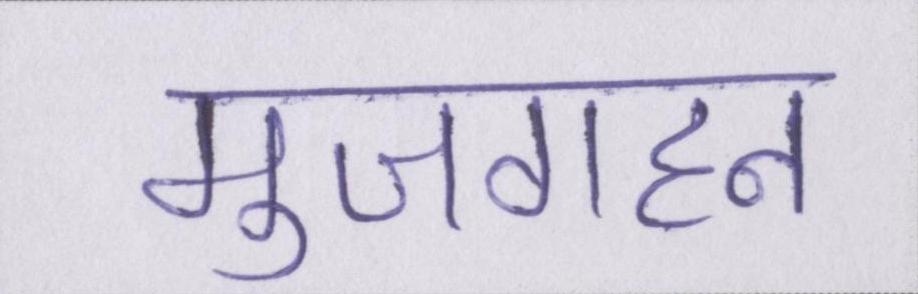
मुजगहन